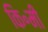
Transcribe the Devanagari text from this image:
कि॰मी